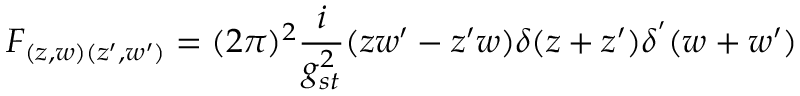
F _ { ( z , w ) ( z ^ { \prime } , w ^ { \prime } ) } = ( 2 \pi ) ^ { 2 } \frac { i } { g _ { s t } ^ { 2 } } ( z w ^ { \prime } - z ^ { \prime } w ) \delta ( z + z ^ { \prime } ) \delta ^ { ' } ( w + w ^ { \prime } )